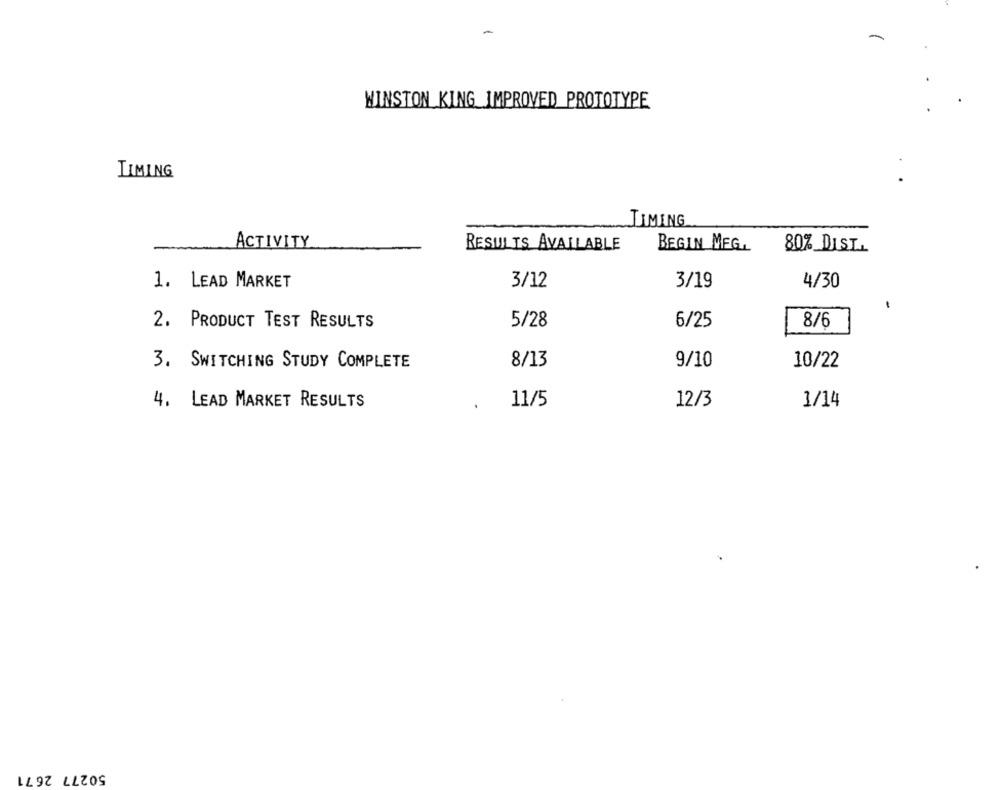
-
WINSTON KING_IMPROVED PROTOTYPE
LIMING
TIMING
ACTIVITY
RESULTS AVAILABLE
BEGIN MEG.
80%_DIST.
1. LEAD MARKET
3/12
3/19
4/30
5/28
6/25
8/6
2. PRODUCT TEST RESULTS
8/13
9/10
10/22
3. SWITCHING STUDY COMPLETE
4. LEAD MARKET RESULTS
11/5
12/3
1/14
50277 2671